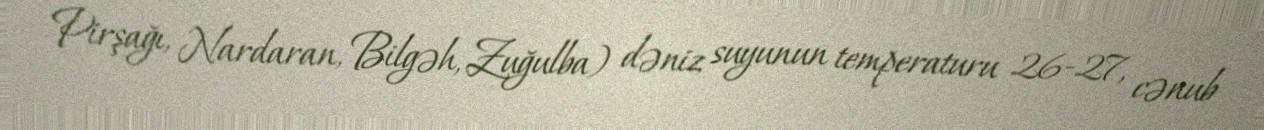
Pirşağı, Nardaran, Bilgəh, Zuğulba) dəniz suyunun temperaturu 26-27, cənub